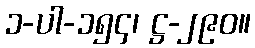
၁-ပါ-၁၅၄၊ ဋ္ဌ-၂၉၀။